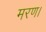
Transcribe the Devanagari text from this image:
मरण।